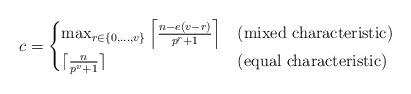
LaTeX: \begin{align*} c = \begin{cases} \max_ {r \in \{0,\dots, v\}} \left\lceil \frac{ n - e (v-r)}{ p^r+1 }\right \rceil & \textrm{(mixed characteristic)} \\ \lceil \frac{n}{p^v+1} \rceil & \textrm{(equal characteristic)} \end{cases} \end{align*}